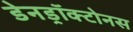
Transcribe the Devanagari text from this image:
डेनड्रॉक्टोनस